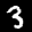
Label: 3